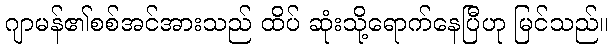
ဂျာမန်၏စစ်အင်အားသည် ထိပ် ဆုံးသို့ရောက်နေပြီဟု မြင်သည်။